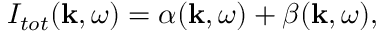
I _ { t o t } ( \mathbf { k } , \omega ) = \alpha ( \mathbf { k } , \omega ) + \beta ( \mathbf { k } , \omega ) ,